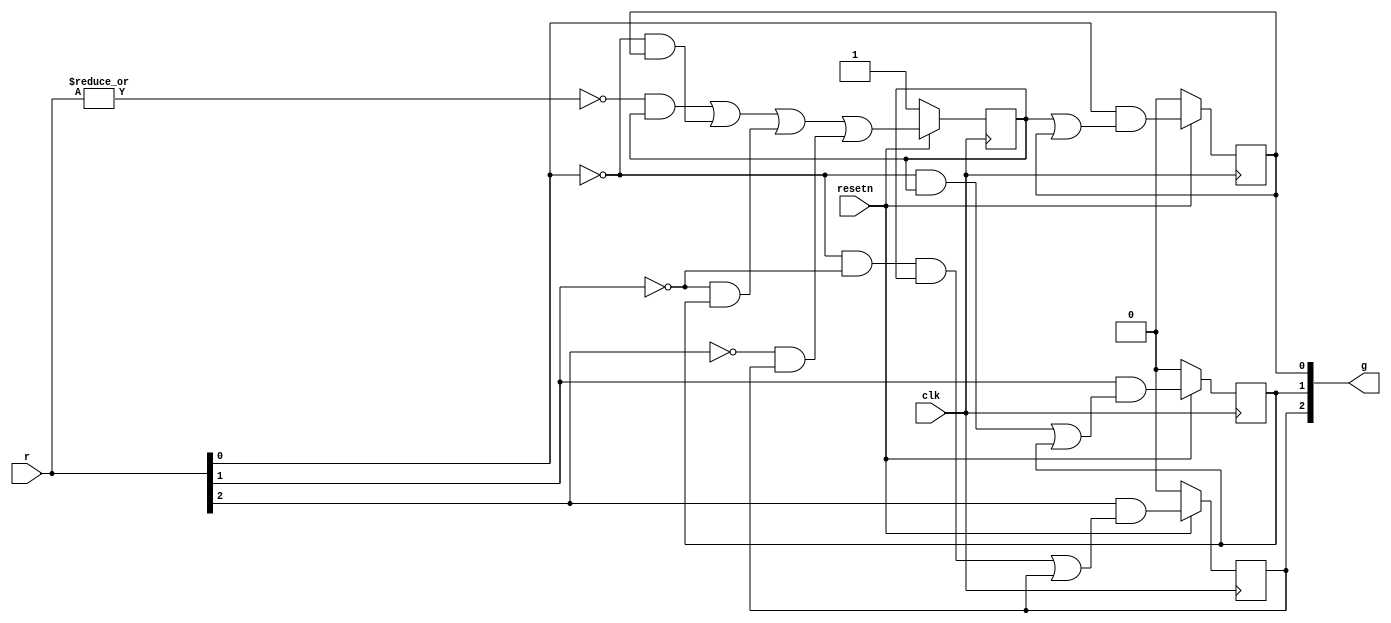
module top_module (
    input clk,
    input resetn,    // active-low synchronous reset
    input [3:1] r,   // request
    output [3:1] g   // grant
); 

    reg A_st, B_st, C_st, D_st;
    reg n_A, n_B, n_C, n_D;

    always @(*) begin
        n_A = ((~(|r)) & A_st) | ((~r[1]) & B_st) | ((~r[2]) & C_st) | ((~r[3]) & D_st);
        n_B = r[1] & (A_st | B_st);
        n_C = r[2] & (((~r[1]) & A_st) | C_st);
        n_D = r[3] & (((~r[1]) & (~r[2]) & A_st) | D_st);
    end

    always @(posedge clk) begin
        if(~resetn) begin
            A_st <= 1;
            B_st <= 0;
            C_st <= 0;
            D_st <= 0;
        end
        else begin
            A_st <= n_A;
            B_st <= n_B;
            C_st <= n_C;
            D_st <= n_D;
        end
    end

    always @(*) begin
        begin
            g[1] = B_st;
            g[2] = C_st;
            g[3] = D_st;
        end
    end

endmodule